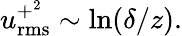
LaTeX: u_{\mathrm{rms}}^{+^{2}}\sim\ln(\delta/z).